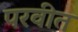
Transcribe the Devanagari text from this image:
परवीत